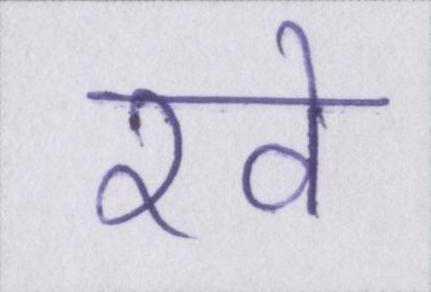
रवे